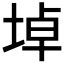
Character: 𡍎